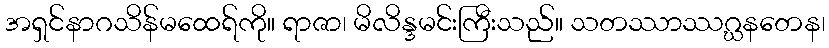
အရှင်နာဂသိန်မထေရ်ကို။ ရာဇာ၊ မိလိန္ဒမင်းကြီးသည်။ သတဿာဿဂ္ဃနတေန၊